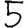
Digit: 5